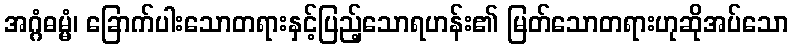
အဂ္ဂံဓမ္မံ၊ ခြောက်ပါးသောတရားနှင့်ပြည့်သောရဟန်း၏ မြတ်သောတရားဟုဆိုအပ်သော